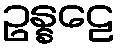
ဥန္နဠေ